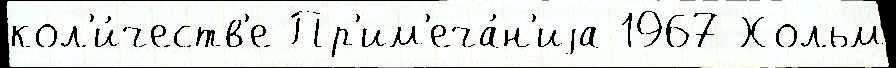
кол'и́честв'е Пр'им'еча́н'иjа 1967 Хольм